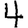
Digit: 4